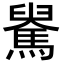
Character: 𩤺